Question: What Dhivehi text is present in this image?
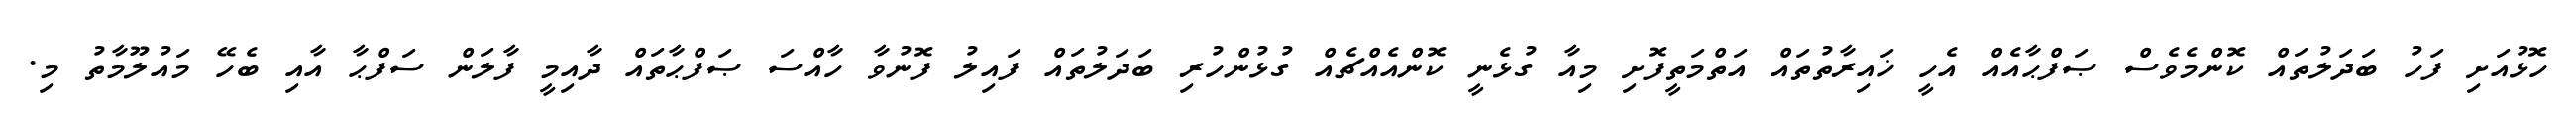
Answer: ހޮޅުއަށި ފަހު ބަދަލުތައް ކޮންމެވެސް ޞަފްޙާއެއް އެހީ ޚައިރާތުތައް އަތްމަތީފޮށި މިއާ ގުޅެނީ ކޮންއެއްޗެއް ގުޅުންހުރި ބަދަލުތައް ފައިލު ފޮނުވާ ހާއްސަ ޞަފްޙާތައް ދާއިމީ ފާލަން ސަފްޙާ އާއި ބެހޭ މައުލޫމާތު މި.